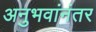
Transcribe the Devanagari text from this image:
अनुभवांनंतर